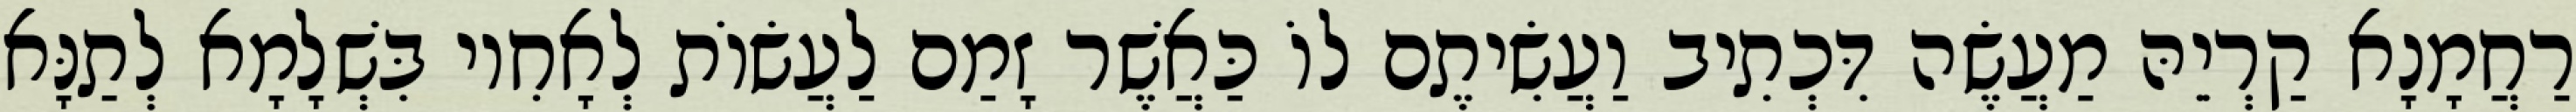
רַחֲמָנָא קַרְיֵהּ מַעֲשֶׂה דִּכְתִיב וַעֲשִׂיתֶם לוֹ כַּאֲשֶׁר זָמַם לַעֲשׂוֹת לְאָחִיו בִּשְׁלָמָא לְתַנָּא